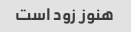
هنوز زود است